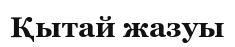
Қытай жазуы